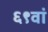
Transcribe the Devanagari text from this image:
६९वां